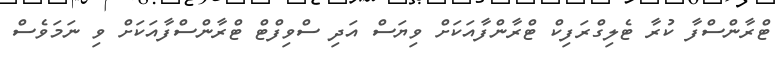
ޓްރާންސްފާ ކުރާ ޓެލިގްރަފިކް ޓްރާންފާއަކަށް ވިޔަސް އަދި ސްވިފްޓް ޓްރާންސްފާއަކަށް ވި ނަމަވެސް